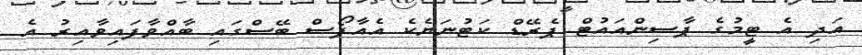
އަދި އެ ޓީމުގެ ޕާސިންއައުޓް ޕެރޭޑް ކަޓުނަޔެކެ އެއާފޯސް ބޭސްގައި ބާއްވާފައިވާއިރު އެ